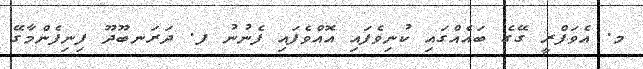
މ. އެވަފްރީ ގޭގެ ބައެއްގައި ކުނިވެފައި އޮއްވެފައި ފެނުނު ފ. ދަރަނބޫދޫ ފިނިފެންމާގޭ